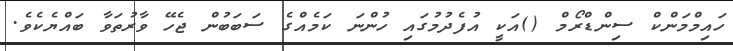
ހައިމްމަންކް ސިންޑްރޯމް ()އަކީ އުފެދުމުގައި ހުންނަ ކަމެއްގެ ސަބަބުން ޖެހޭ ވާރުތަވާ ބައްޔެކެވެ.